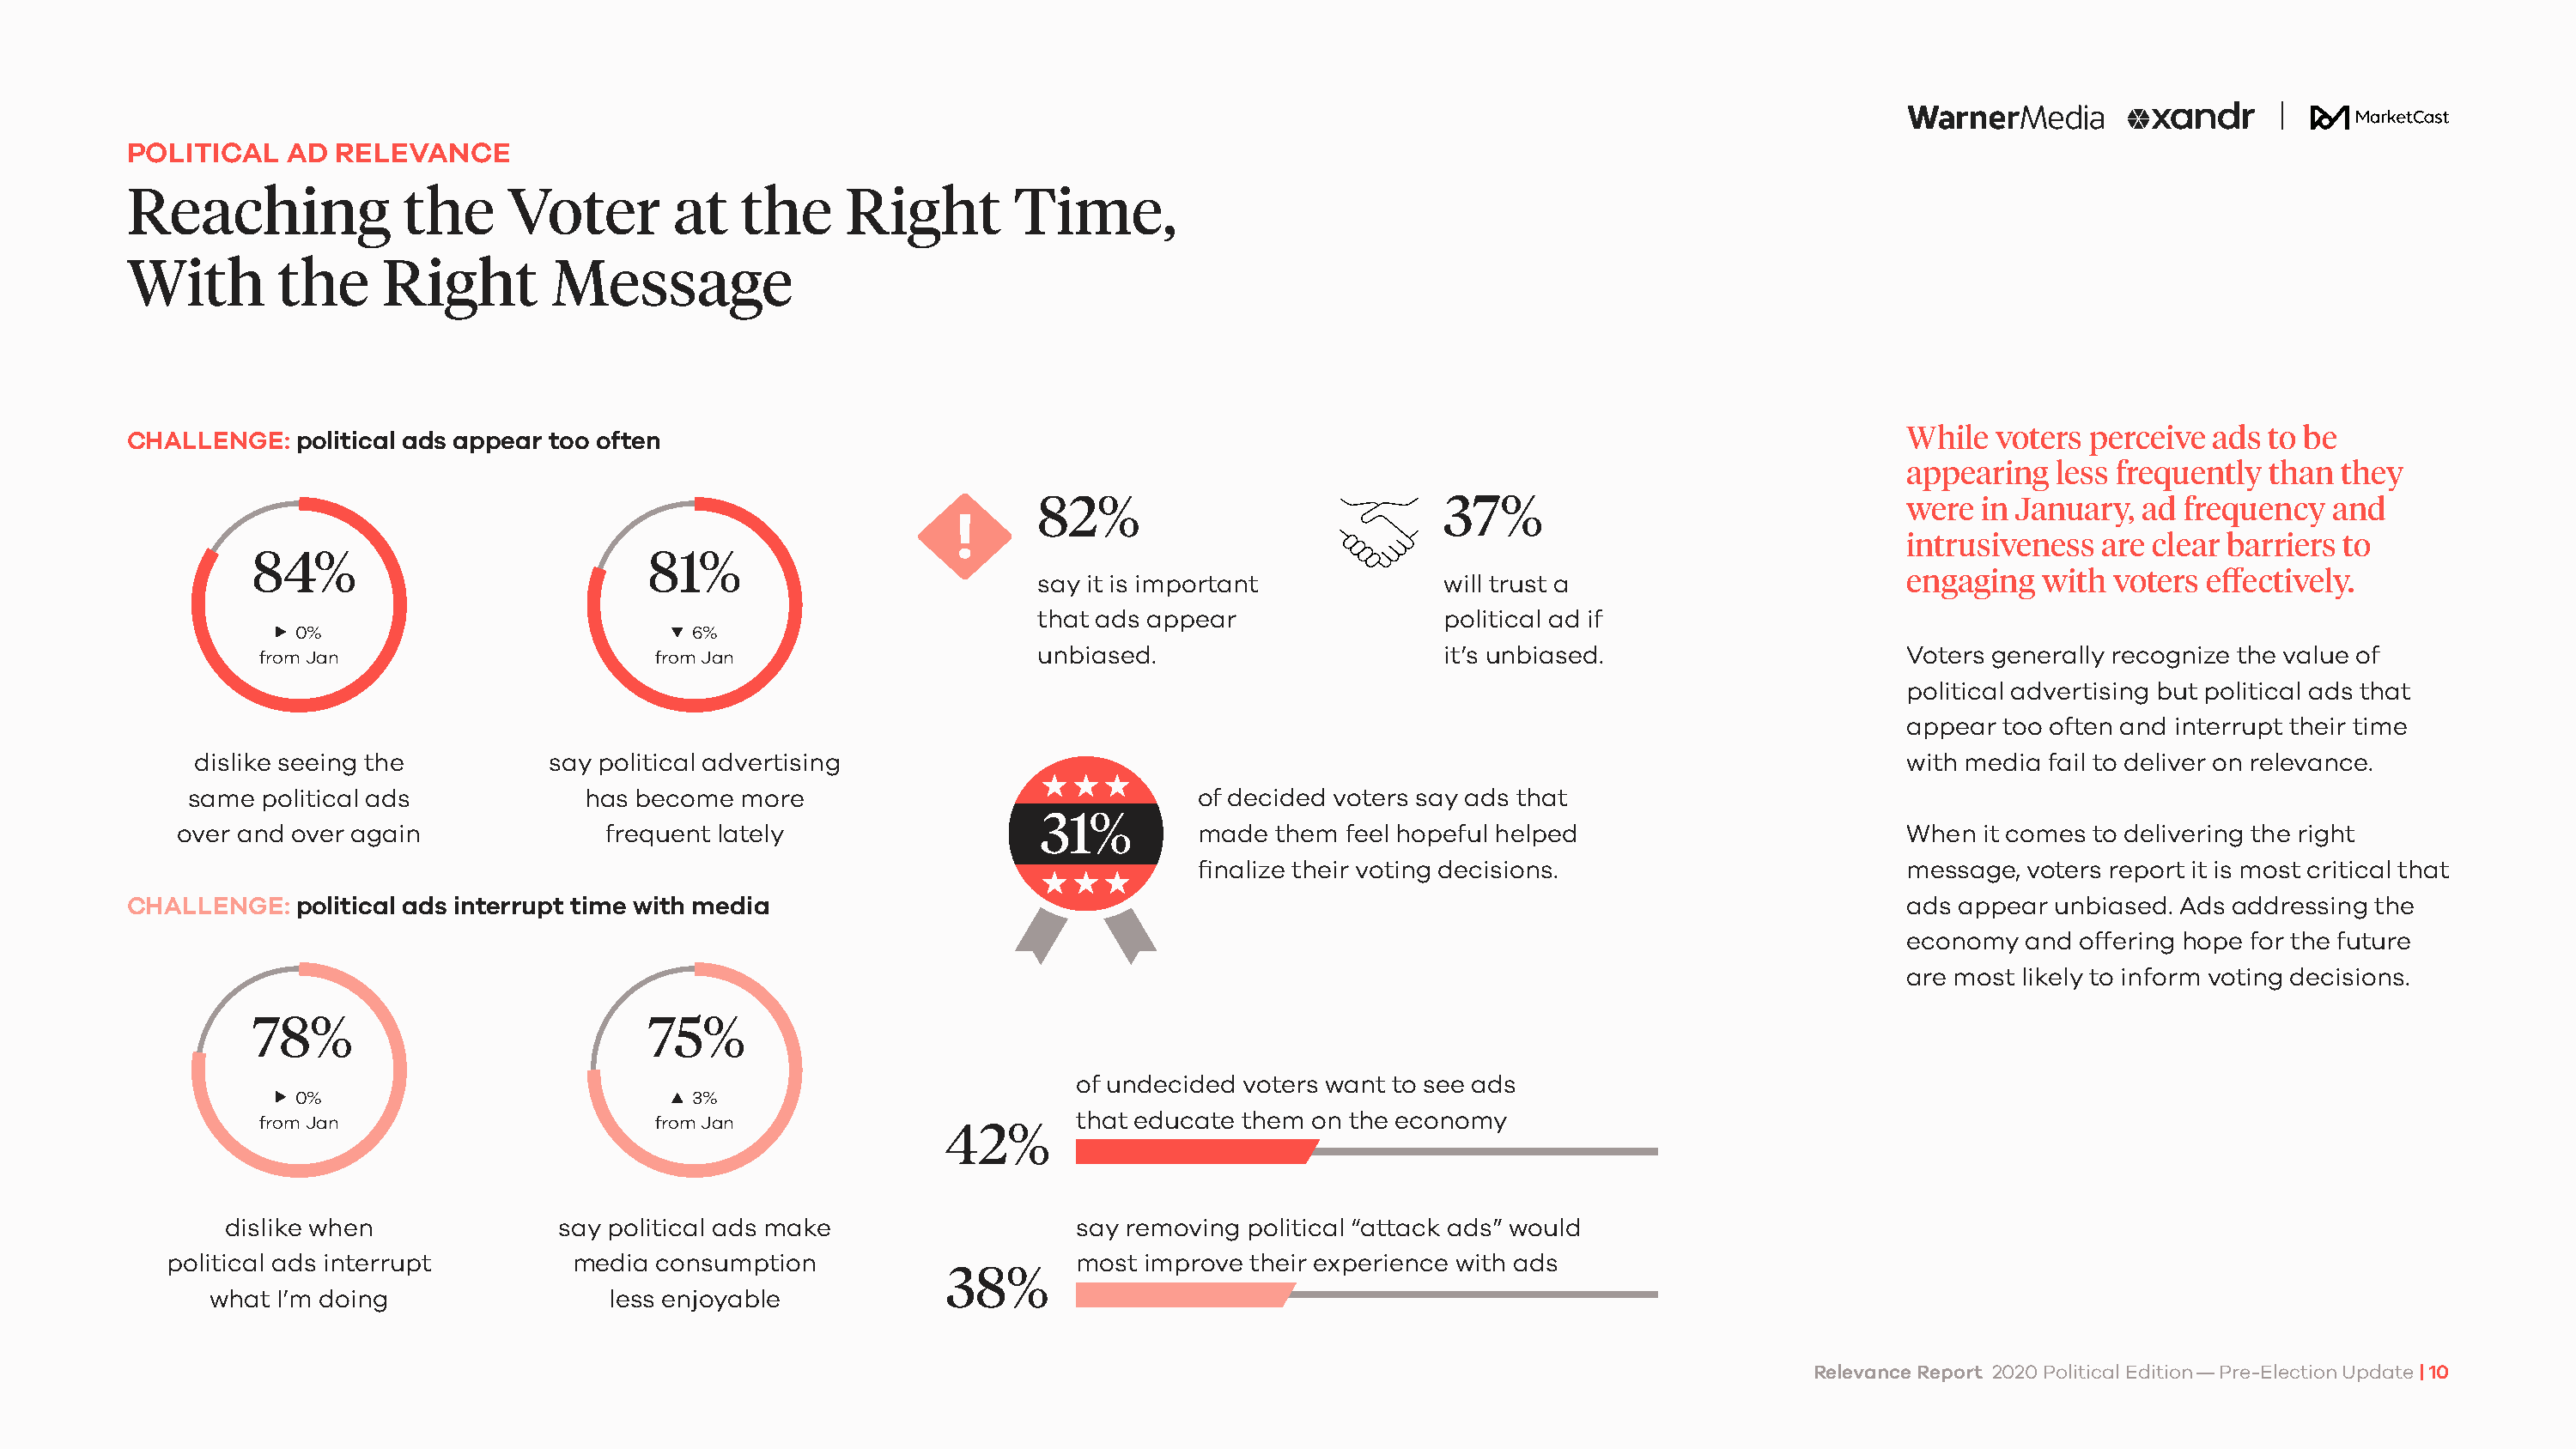
POLITICAL   AD  RELEVANCE
 Reaching             the     Voter        at   the     Right        Time,
 With       the     Right        Message
 CHALLENGE:   political ads appear too often                                                                                              While  voters perceive  ads to be
 appearing   less frequently than they
 82%                            37%                                 were  in January, ad frequency   and
 intrusiveness  are clear barriers to
 84%                            81%
 say it is important            will trust a                        engaging  with  voters effectively.
 that ads appear                political ad if
 0%                            6%
 unbiased.                      it’s unbiased.                      Voters generally recognize the value of
 from Jan                       from Jan
 political advertising but political ads that
 appear too often and interrupt their time
 dislike seeing the         say political advertising                                                                                with media fail to deliver on relevance.
 same  political ads            has become  more                               of decided voters say ads that
 31%
 over and over again              frequent lately                              made  them  feel hopeful helped                        When  it comes to delivering the right
 finalize their voting decisions.                       message, voters report it is most critical that
 CHALLENGE:   political ads interrupt time with media                                                                                     ads appear unbiased. Ads addressing the
 economy  and offering hope for the future
 are most likely to inform voting decisions.
 78%                            75%
 of undecided voters want to see ads
 0%                            3%
 that educate them on the economy
 from Jan                       from Jan
 42%
 dislike when              say political ads make                  say removing political “attack ads” would
 political ads interrupt        media  consumption                     most improve their experience with ads
 38%
 what I’m doing                 less enjoyable
 Relevance Report 2020 Political Edition — Pre-Election Update | 10